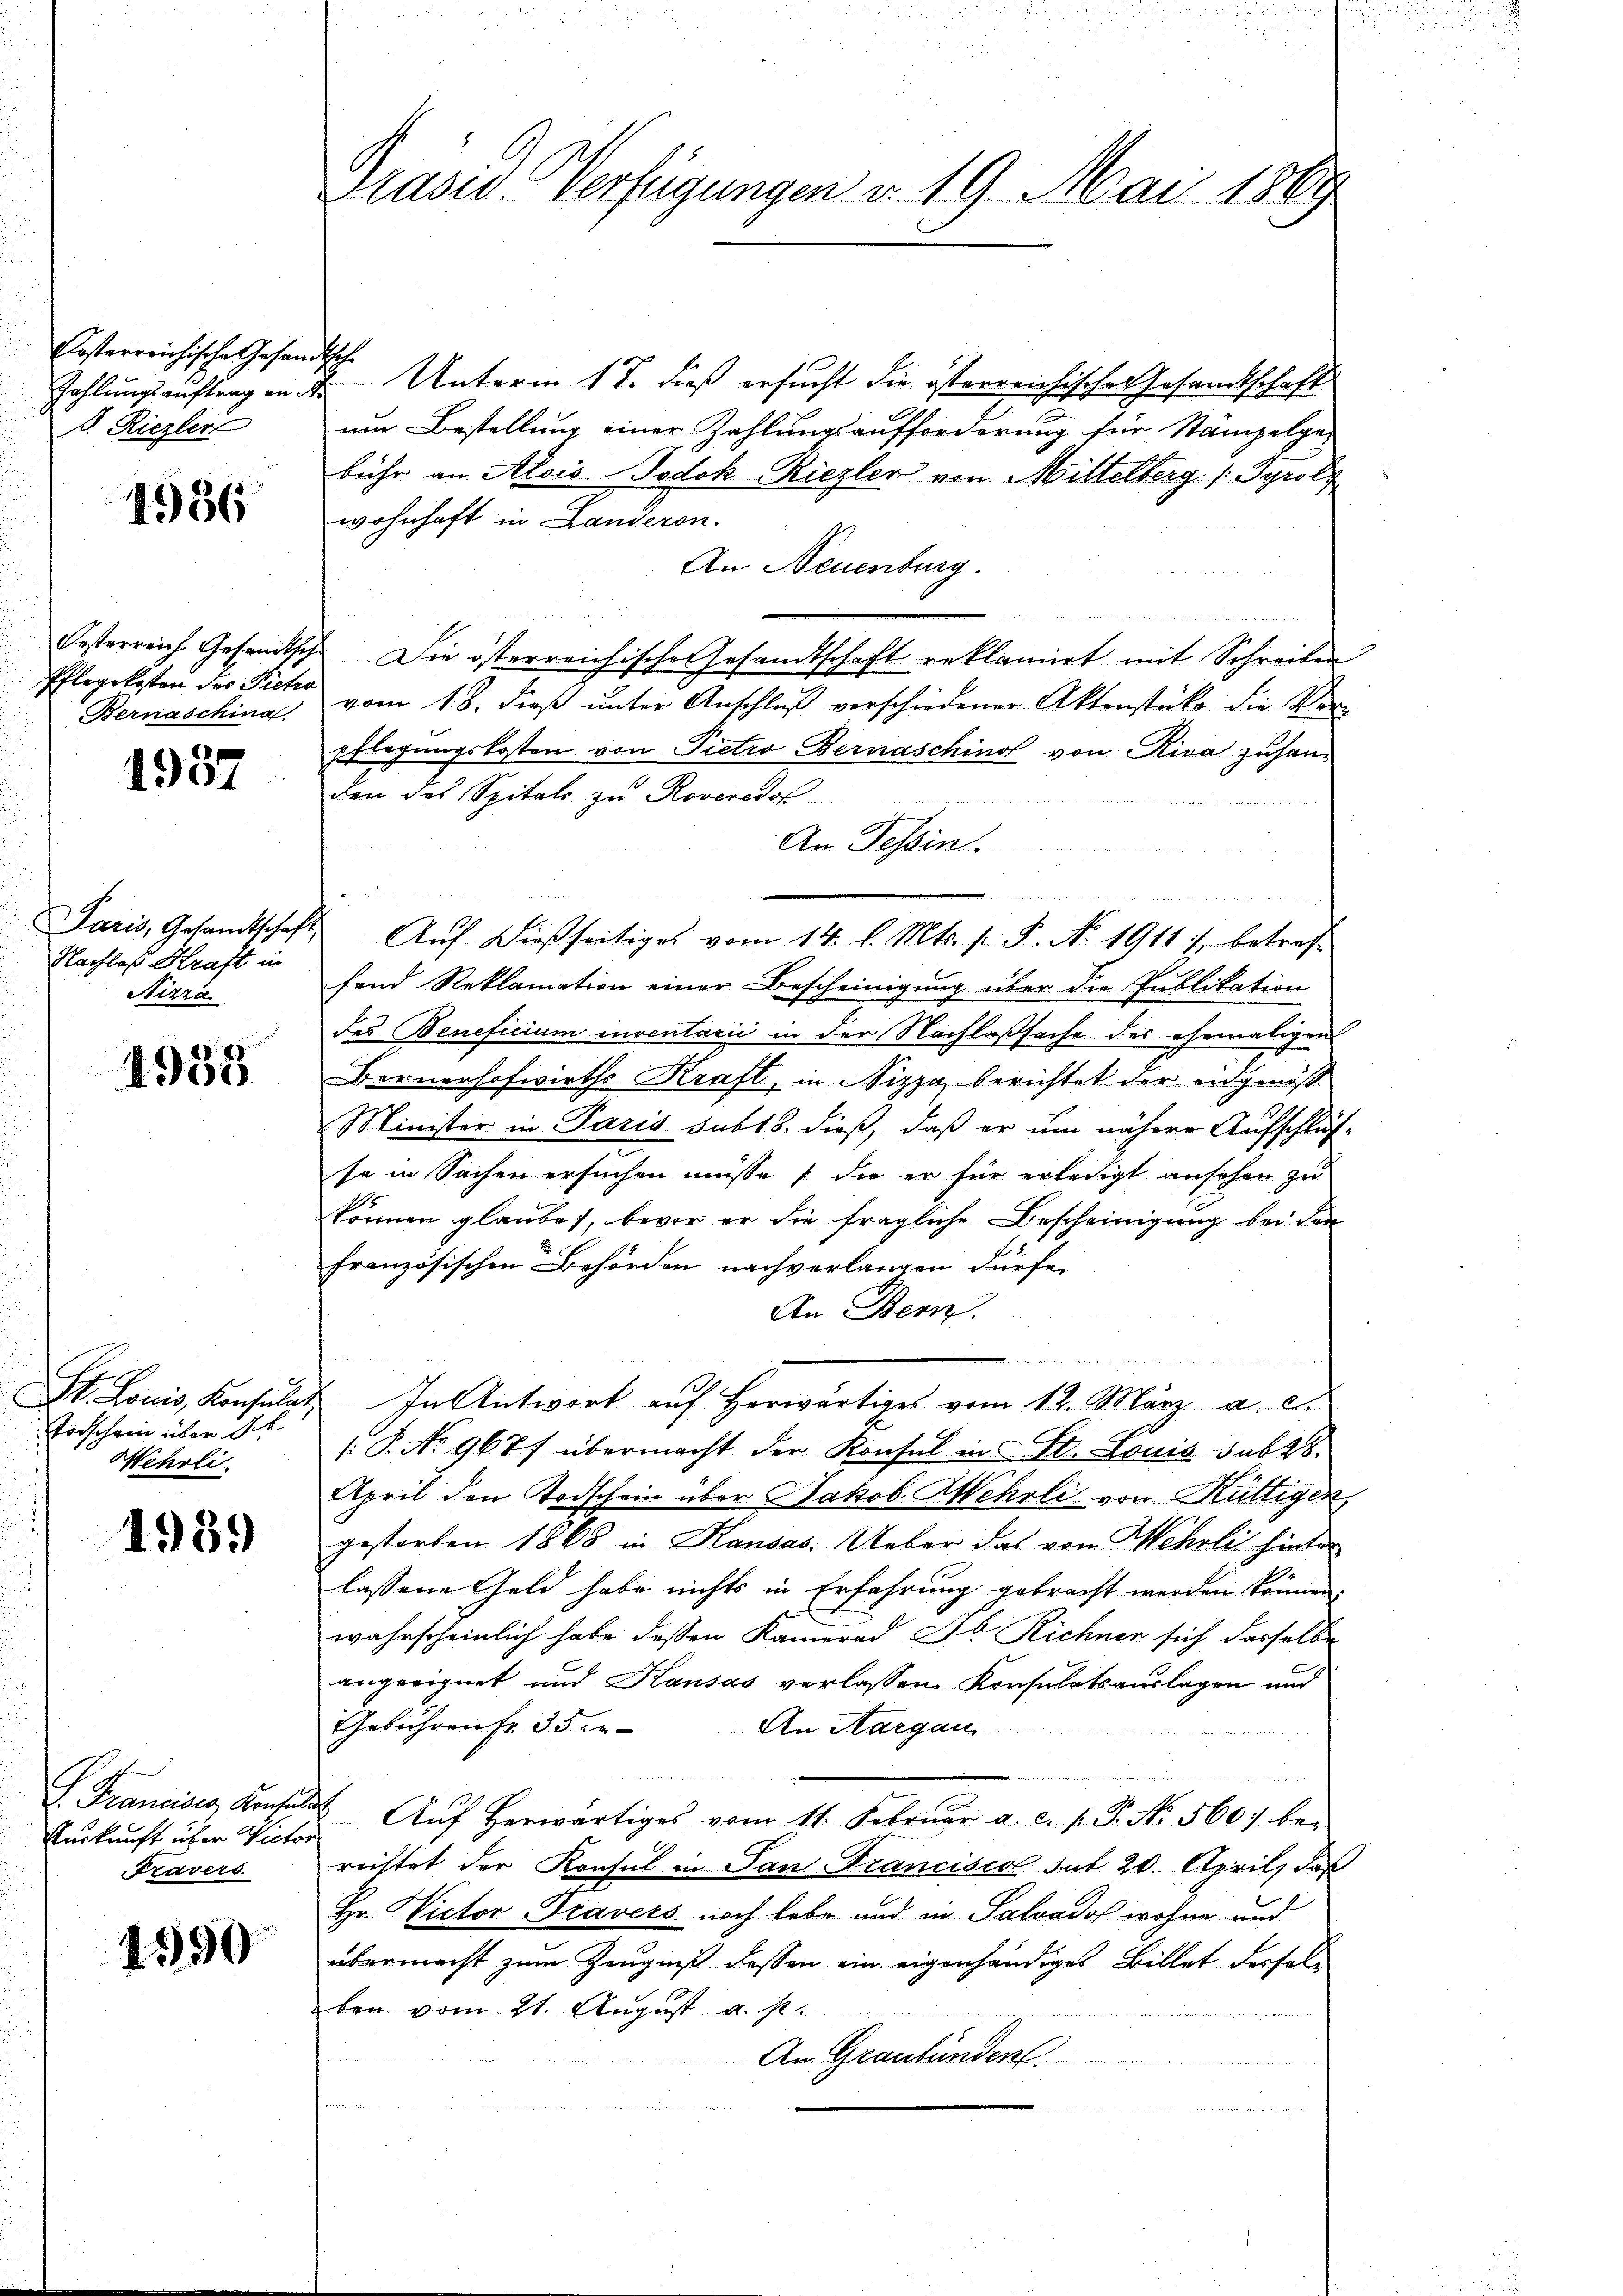
Kosterreichische Gesam
Zahlungsauftrag an d
s. Riezler

1936

Oesterreich. Gesandtsche
Pflegekosten der Pietro
Bernaschina

1937

Paris, Gesandtschaft
Nachlaß Kraft in
Nizza

4958

St. Louis, Konsula
Todschein über St
Wehrli

1989

I. Francises, Konsul
Auskunft über Victoravers

1550

Präsid. Verfügungen v. 19. Mai 1889

.
Unterm 17. dieß ersucht die österreichischer Gesandtschaft
um Bestellung einer Zahlungsaufforderung für Stampelge-
bühr an Alois Jodok-Riezler von Mittelberg (Gyrol,
wohnhaft in Landeron.
An Neuenburg.
ade der
u
Die österreichische Gesandtschaft reklamirt mit Schreiben
vom 18. dieß unter Anschluß verschiedener Aktenstücke die Verpflegungskosten von Pietro Bernaschino von Riva zuhan-
den des Spitals zu Roveredof
denen

An Tessin.
Auf dießseitiges vom 14. d. Mts. /: P. Nr. 1911), betreff
fand Reklamation einer Bescheinigung über die Publikation
des Beneficium inventarii in der Nachlaßsache des ehemaligen
Fornerhofwirths Kraft, in Nizza, berichtet der eidgenöß
Minister in Paris subts. dieß, daß er um nähere Aufschluß-
se in Sachen ersuchen müsse die er für erledigt ansehen zu
können glaube, bevor er die fragliche Bescheinigung bei den
französischen Behörden nachverlangen dürfe.
An Bern.
In Antwort auf herwärtiges vom 12. März a. c.
.P. No 9677 übermacht der Konsul in St. Louis sub 28.
April den Todschein über Jakob Wehrli von Rüttiger,
gestorben 1868 in Kausas. Ueber das von Wehrli hinter
lassene Geld habe nichts in Erfahrung gebracht werden können.
wahrscheinlich habe dessen Kamerad Jb. Richner sich dasselbe
angeeignet und Kausas verlassen Konsulatsauslagen und
Gebühren fr. 35. e
An Aargau.
 Aŭf herwärtiges vom 11. Febrŭar a. c. s. P. Nr. 560 be-
reistet der Konsul in San Franciscol sub 20. April, daß
Hr. Victor Travers noch lebe und in Salvadof wohne und
übermacht zum Zeugniß dessen ein eigenhändiges Billet derselben vom 21. August a. p.
An Graubünden.
S
u